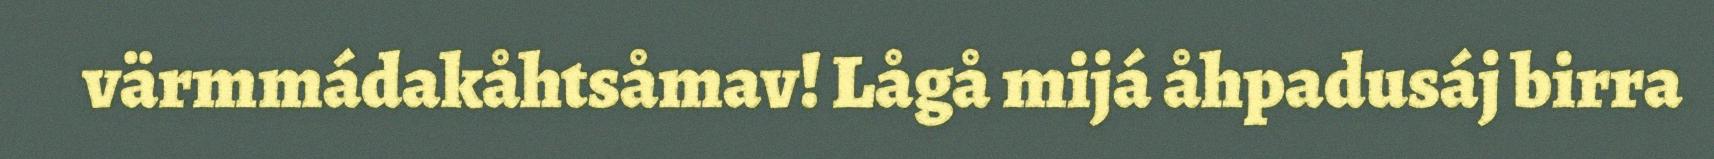
värmmádakåhtsåmav! Lågå mijá åhpadusáj birra